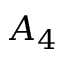
A _ { 4 }